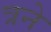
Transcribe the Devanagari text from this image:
त्रने